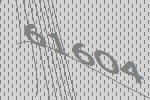
61604